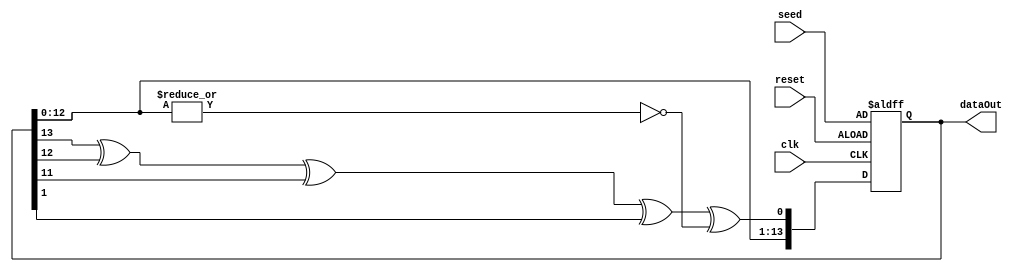
module LFSR_14_bit_addedZero_type1(reset, clk, seed, dataOut);
/*
this implementation is very simple, contains small bias
to avoid bias, a more complex implementation is needed, like 'Tkacik LFSR'.
*/


	input reset, clk;
	input [13: 0] seed;
	output [13: 0] dataOut;


	reg [13: 0] shiftReg;
	wire shiftIn;

	always @(posedge clk or posedge reset) begin
		if(reset)
			shiftReg <= seed;
		else
			shiftReg <= {shiftReg[12: 0], shiftIn};
	end


	wire xorOut;
	assign xorOut = shiftReg[13] ^ shiftReg[12] ^ shiftReg[11] ^ shiftReg[1];

	wire zeroDetector;
	assign zeroDetector = ~(|(shiftReg[12: 0])); // all together, avoid fall into all zero case and stuck!
	assign shiftIn = xorOut ^ zeroDetector;


	assign dataOut = shiftReg;
endmodule

// I like verilog